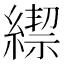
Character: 𦄜